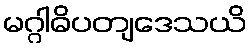
မဂ္ဂါဓိပတျဒေသယိ